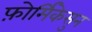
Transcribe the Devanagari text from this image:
फ़ोर्मिकेसुन